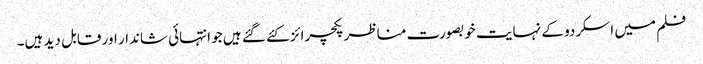
فلم میں اسکردو کے نہایت خوبصورت مناظر پکچرائز کئے گئے ہیں جو انتہائی شاندار اور قابل دید ہیں۔